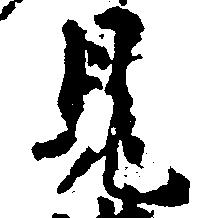
見